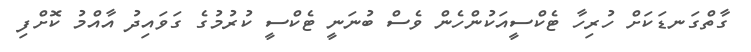
ގާތްގަނޑަކަށް ހުރިހާ ޓެކްސީއަކުންހެން ވެސް ބުނަނީ ޓެކްސީ ކުުރުމުގެ ގަވައިދު އާއްމު ކޮށްފި